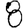
Digit: 8